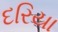
દરિયા